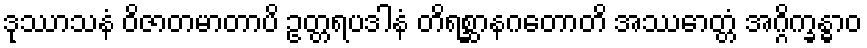
ဒုဿာသနံ ဝိဇာတမာတာပိ ဥတ္တရပဒါနံ တိရစ္ဆာနဂတောတိ အဿောတ္တံ အဂ္ဂိက္ခန္ဓာဝ